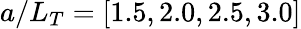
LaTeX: a/L_{T}=[1.5,2.0,2.5,3.0]